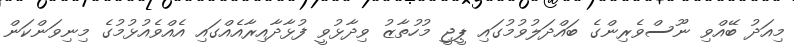
މިއަދު ބޭއްވި ނޫސްވެރިންގެ ބައްދަލުވުމުގައި ޕީޖީ މުހުތާޒު ވިދާޅުވީ ފުޅާދާއިރާއެއްގައި އެއްވެއުޅުމުގެ މިނިވަންކަން